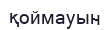
қоймауын